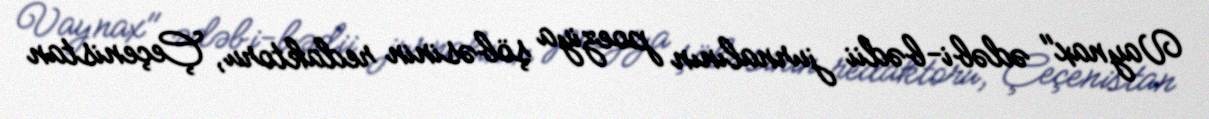
Vaynax" ədəbi-bədii jurnalının poeziya şöbəsinin redaktoru, Çeçenistan